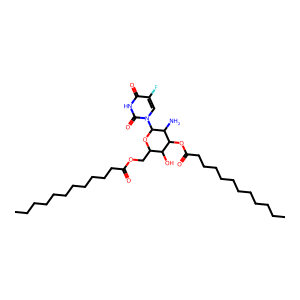
SMILES: CCCCCCCCCCCC(=O)OCC1OC(n2cc(F)c(=O)[nH]c2=O)C(N)C(OC(=O)CCCCCCCCCCC)C1O
Inhibits HIV replication: No